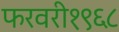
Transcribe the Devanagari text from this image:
फरवरी१९६८